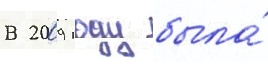
В 2009 году была́